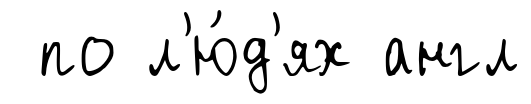
по л'ю́д'ях англ